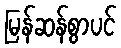
မြန်ဆန်စွာပင်